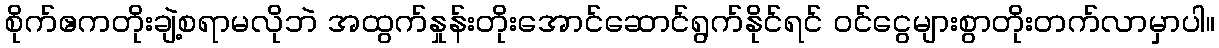
စိုက်ဧကတိုးချဲ့စရာမလိုဘဲ အထွက်နှုန်းတိုးအောင်ဆောင်ရွက်နိုင်ရင် ဝင်ငွေများစွာတိုးတက်လာမှာပါ။